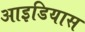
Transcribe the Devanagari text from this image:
आइडियास